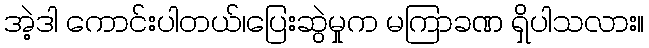
အဲ့ဒါ ကောင်းပါတယ်၊ပြေးဆွဲမှုက မကြာခဏ ရှိပါသလား။